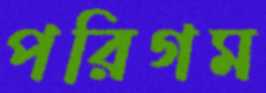
পরিগম